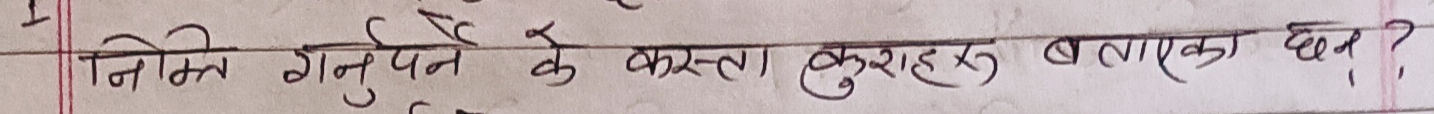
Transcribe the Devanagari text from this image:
निको गनुपने के कस्ता कुराहरू बताइएका छन्?